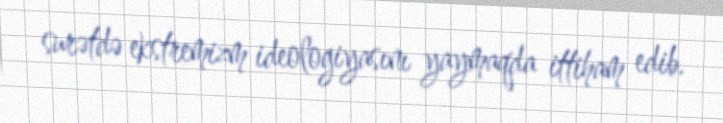
surətdə ekstremizm ideologiyasını yaymaqda ittiham edib.